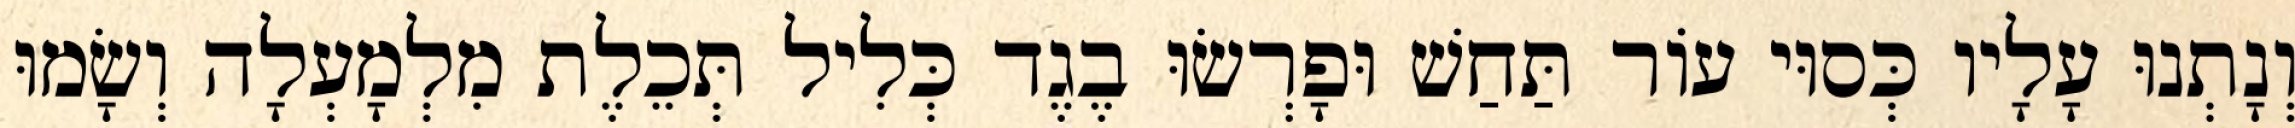
וְנָתְנוּ עָלָיו כְּסוּי עוֹר תַּחַשׁ וּפָרְשׂוּ בֶגֶד כְּלִיל תְּכֵלֶת מִלְמָעְלָה וְשָׂמוּ